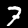
Digit: 7